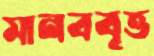
মানববৃত্ত